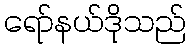
ရော်နယ်ဒိုသည်